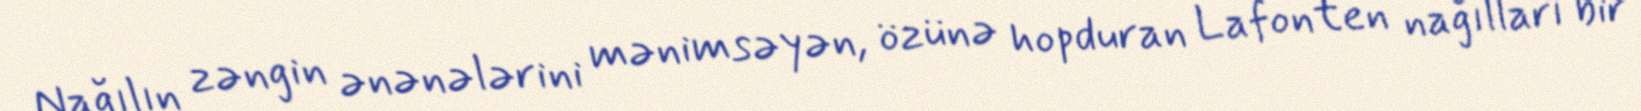
Nağılın zəngin ənənələrini mənimsəyən, özünə hopduran Lafonten nağılları bir